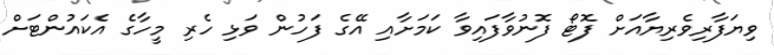
ވިޔަފާރިވެރިޔާއަށް ފޮޓޯ ފޮނުވާފައިވާ ކަމަށާއި އޭގެ ފަހުން ވަޅި ހެރި މީހާގެ އެކައުންޓަށް